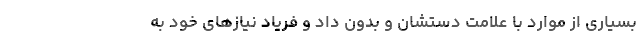
بسیاری از موارد با علامت دستشان و بدون داد و فریاد نیازهای خود به